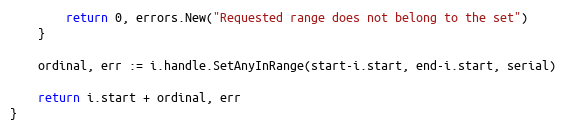
Language: Go
		return 0, errors.New("Requested range does not belong to the set")
	}

	ordinal, err := i.handle.SetAnyInRange(start-i.start, end-i.start, serial)

	return i.start + ordinal, err
}